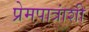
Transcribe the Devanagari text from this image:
प्रेमपात्रांशी